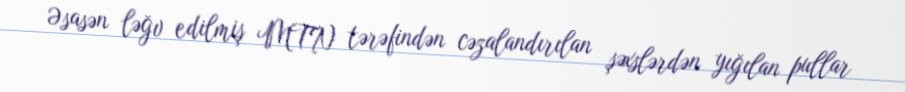
Əsasən ləğv edilmiş MTN tərəfindən cəzalandırılan şəxslərdən yığılan pullar